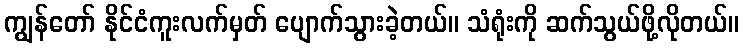
ကျွန်တော် နိုင်ငံကူးလက်မှတ် ပျောက်သွားခဲ့တယ်။ သံရုံးကို ဆက်သွယ်ဖို့လိုတယ်။